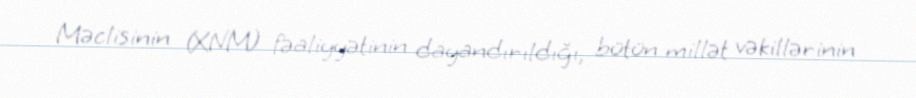
Məclisinin (XNM) fəaliyyətinin dayandırıldığı, bütün millət vəkillərinin